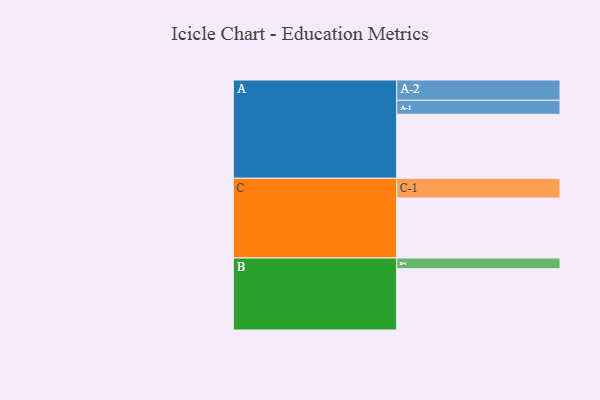
{"axis": {"x": "Segment", "y": "Value"}, "legend": ["", "A", "B", "C"], "data": [{"x": "A", "y": 587, "type": ""}, {"x": "B", "y": 562, "type": ""}, {"x": "C", "y": 550, "type": ""}, {"x": "A-1", "y": 128, "type": "A"}, {"x": "A-2", "y": 186, "type": "A"}, {"x": "B-1", "y": 98, "type": "B"}, {"x": "C-1", "y": 181, "type": "C"}]}